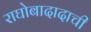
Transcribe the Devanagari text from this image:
राघोबादादाची